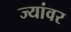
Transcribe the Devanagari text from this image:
ज्यांवर